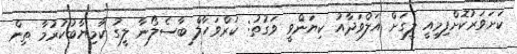
ކަށަވަރުކޮށްފިމިއީ ލީގަށް އަލްވަދާއު ކިޔަންވީ ވަގުތު: ކަރްވަހާލް ބާސެލޯނާ ލީގު ކާމިޔާބުކުރުމާ ތިން